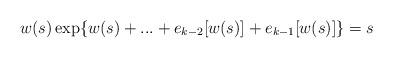
LaTeX: \begin{align*}w(s)\exp\{w(s)+...+e_{k-2}[w(s)]+e_{k-1}[w(s)]\} = s\end{align*}